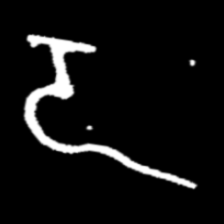
Pyu character \u2014 Myanmar letter: ဍ (romanized: dda)